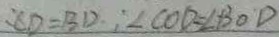
C D = B D : \angle C O D = \angle B O D